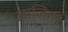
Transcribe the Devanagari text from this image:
माजिनों